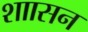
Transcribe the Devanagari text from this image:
शाासन